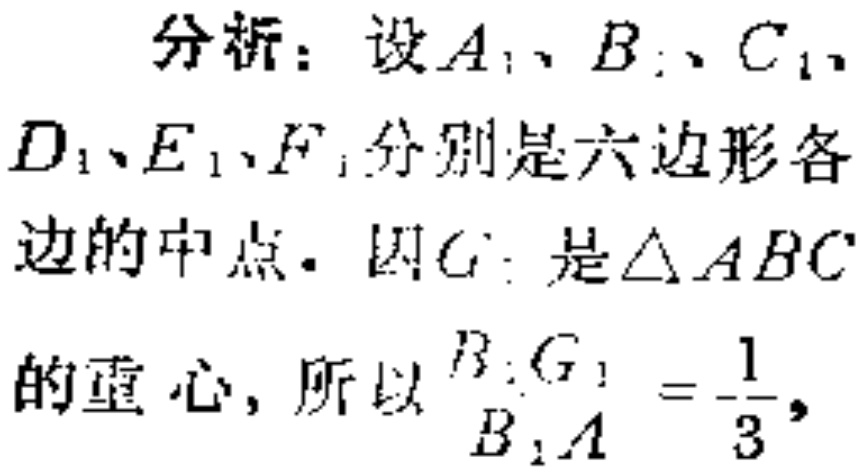
分析：设\(A_{1}\)、\(B_{1}\)、\(C_{1}\)、\(D_{1}\)、\(E_{1}\)、\(F_{1}\)分别是六边形各边的中点. 因\(G_{1}\)是\(\triangle ABC\)的重心，所以\(\frac{B_{1}G_{1}}{B_{1}A}=\frac{1}{3}\)，